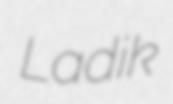
Ladik